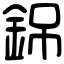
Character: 銱